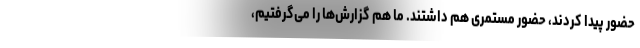
حضور پیدا کردند، حضور مستمری هم داشتند. ما هم گزارش‌ها را می‌گرفتیم،